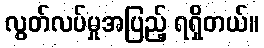
လွတ်လပ်မှုအပြည့် ရရှိတယ်။